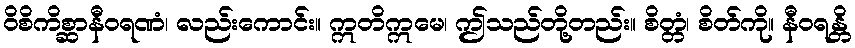
ဝိစိကိစ္ဆာနီဝရဏံ၊ လည်းကောင်း။ ဣတိဣမေ၊ ဤသည်တို့တည်း။ စိတ္တံ၊ စိတ်ကို။ နီဝရန္တိ